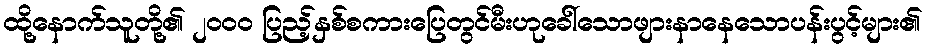
ထို့နောက်သူတို့၏ ၂၀၀၀ ပြည့်နှစ်စကားပြေတွင်မီးဟုခေါ်သောဖျားနာနေသောပန်းပွင့်များ၏